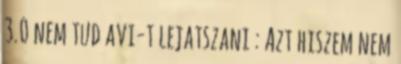
3.0 nem tud avi-t lejatszani : Azt hiszem nem